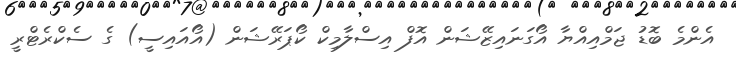
އެންމެ ބޮޑު ޖަމްއިއްޔާ އޯގަނައިޒޭޝަން އޮފް އިސްލާމިކް ކޯޕަރޭޝަން (އޯއައިސީ) ގެ ސެކްރެޓްރީ